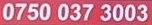
0750 037 3003